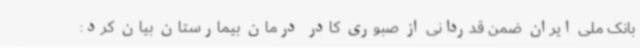
بانک ملی ایران ضمن قدردانی از صبوری کادر درمان بیمارستان بیان کرد: